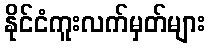
နိုင်ငံကူးလက်မှတ်များ